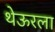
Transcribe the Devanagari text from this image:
थेऊरला